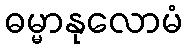
ဓမ္မာနုလောမံ